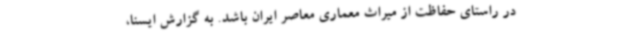
در راستای حفاظت از میراث معماری معاصر ایران باشد. به گزارش ایسنا،